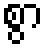
စွာ